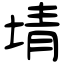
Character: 埥